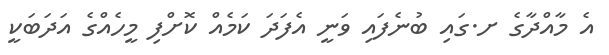
އެ މާއްދާގެ ށ.ގައި ބުނެފައި ވަނީ އެފަދަ ކަމެއް ކޮށްފި މީހެއްގެ އަދަބަކީ